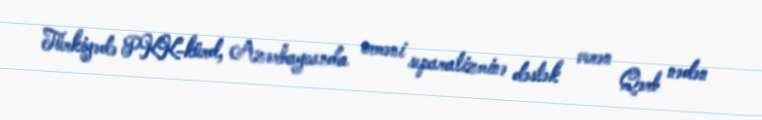
Türkiyədə PKK-kürd, Azərbaycanda erməni separatizminə dəstək verən Qərb nədən